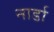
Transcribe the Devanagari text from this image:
नार्डा